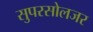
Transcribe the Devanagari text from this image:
सुपरसोलजर